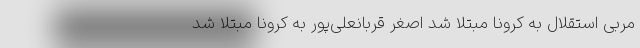
مربی استقلال به کرونا مبتلا شد اصغر قربانعلی‌پور به کرونا مبتلا شد